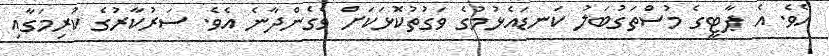
އެވެ. އެ ޕާޓީގެ މުސްތަގުބަލު ކަނޑައެޅުމުގެ ވަގުތުކޮޅަކަށް ވެގެންދާނެ އެވެ. ސަރުކާރުގެ ކުރިމަގާއި